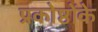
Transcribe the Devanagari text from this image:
प्रकोष्ठोंके